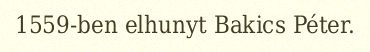
1559-ben elhunyt Bakics Péter.